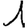
Digit: 1